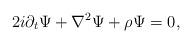
LaTeX: \begin{align*}2i\partial _t\Psi + \nabla^{2}\Psi + {\rho }\Psi = 0,\end{align*}